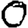
Digit: 0